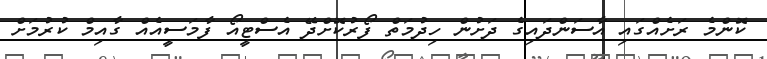
ކޮންމެ ރަށެއްގައި އާސަންދައިގެ ދަށުން ހިދުމަތް ފޯރުކޮށްދޭ އެސްޓީއޯ ފާމަސީއެއް ގާއިމް ކުރުމަށް